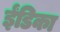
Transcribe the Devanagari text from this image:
ईंडिका